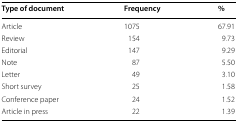
| Type of document | Frequency | % |
 | --- | --- | --- |
 | Article | 1075 | 67.91 |
 | Review | 154 | 9.73 |
 | Editorial | 147 | 9.29 |
 | Note | 87 | 5.50 |
 | Letter | 49 | 3.10 |
 | Short survey | 25 | 1.58 |
 | Conference paper | 24 | 1.52 |
 | Article in press | 22 | 1.39 |